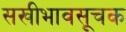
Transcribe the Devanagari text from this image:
सखीभावसूचक